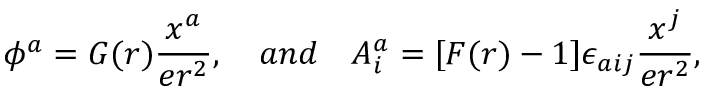
\phi ^ { a } = G ( r ) \frac { x ^ { a } } { e r ^ { 2 } } , \ \ \ a n d \ \ \ A _ { i } ^ { a } = [ F ( r ) - 1 ] \epsilon _ { a i j } \frac { x ^ { j } } { e r ^ { 2 } } ,